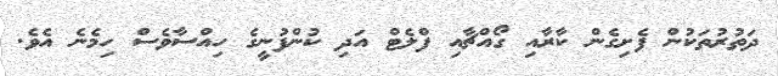
ދަތުރުތަކުން ފެށިގެން ކާރާއި ގޯއްޗާއި ފްލެޓް އަދި ކުންފުނީގެ ހިއްސާވެސް ހިމެނެ އެވެ.